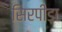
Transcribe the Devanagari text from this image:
सिरपीड़ा